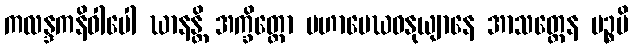
ကလန္ဒကနိဝါပေါ ဃာနန္တိ အက္ခိတ္တော မဟာမေဃဝနုယျာနေ အာသတ္တေန ပဉ္စပိ